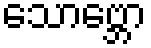
သောဗ္ဘော